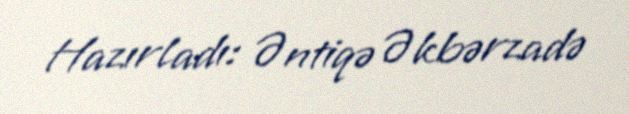
Hazırladı: Əntiqə Əkbərzadə